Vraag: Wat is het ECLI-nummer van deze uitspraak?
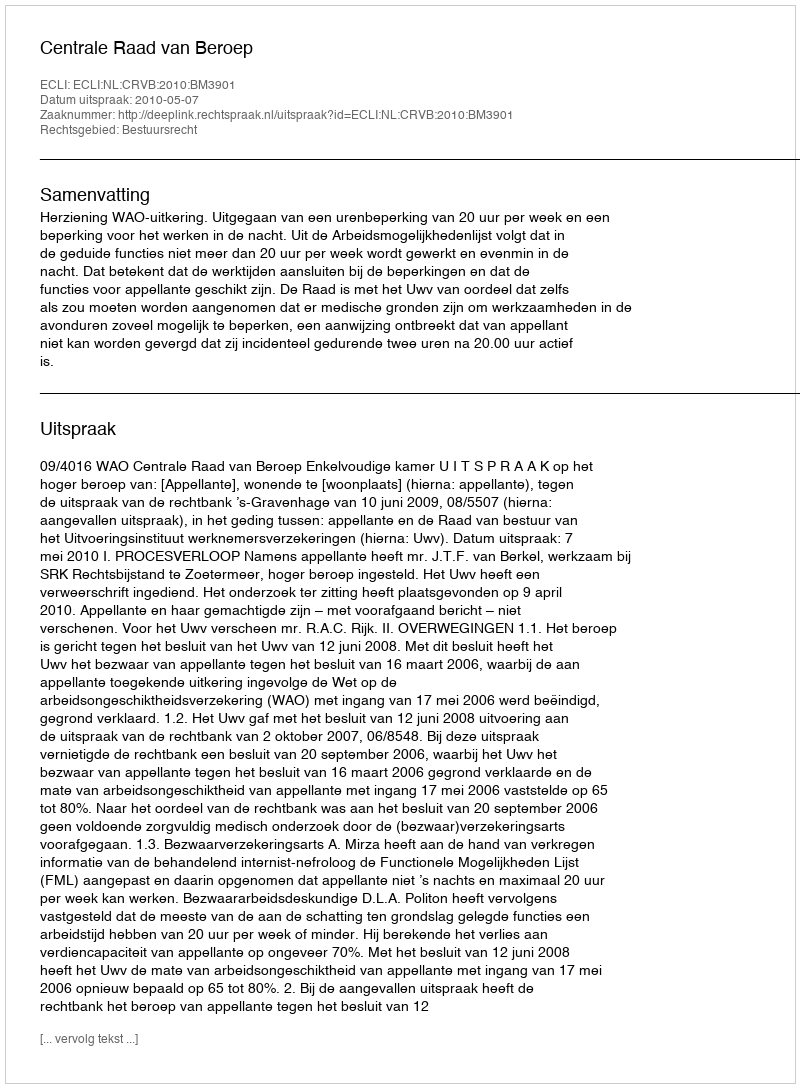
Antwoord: ECLI:NL:CRVB:2010:BM3901